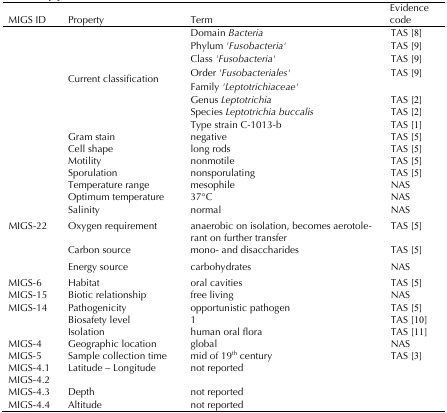
<table><thead><tr><td><b>MIGS ID</b></td><td><b>Property</b></td><td><b>Term</b></td><td colspan="2"><b>Evidence code</b></td></tr></thead><tbody><tr><td rowspan="8"></td><td rowspan="8">Current classification</td><td>Domain <i>Bacteria</i></td><td>TAS [8]</td><td></td></tr><tr><td>Phylum <i>&#x27;Fusobacteria&#x27;</i></td><td>TAS [9]</td><td></td></tr><tr><td>Class <i>&#x27;Fusobacteria&#x27;</i></td><td>TAS [9]</td><td></td></tr><tr><td>Order <i>&#x27;Fusobacteriales&#x27;</i></td><td>TAS [9]</td><td></td></tr><tr><td>Family <i>&#x27;Leptotrichiaceae&#x27;</i></td><td></td><td></td></tr><tr><td>Genus <i>Leptotrichia</i></td><td>TAS [2]</td><td></td></tr><tr><td>Species <i>Leptotrichia buccalis</i></td><td>TAS [2]</td><td></td></tr><tr><td>Type strain C-1013-b</td><td>TAS [1]</td><td></td></tr><tr><td></td><td>Gram stain</td><td>negative</td><td>TAS [5]</td><td></td></tr><tr><td></td><td>Cell shape</td><td>long rods</td><td>TAS [5]</td><td></td></tr><tr><td></td><td>Motility</td><td>nonmotile</td><td>TAS [5]</td><td></td></tr><tr><td></td><td>Sporulation</td><td>nonsporulating</td><td>TAS [5]</td><td></td></tr><tr><td></td><td>Temperature range</td><td>mesophile</td><td>NAS</td><td></td></tr><tr><td></td><td>Optimum temperature</td><td>37°C</td><td>NAS</td><td></td></tr><tr><td></td><td>Salinity</td><td>normal</td><td>NAS</td><td></td></tr><tr><td>MIGS-22</td><td>Oxygen requirement</td><td>anaerobic on isolation, becomes aerotolerant on further transfer</td><td>TAS [5]</td><td></td></tr><tr><td></td><td>Carbon source</td><td>mono- and disaccharides</td><td>TAS [5]</td><td></td></tr><tr><td></td><td>Energy source</td><td>carbohydrates</td><td>NAS</td><td></td></tr><tr><td>MIGS-6</td><td>Habitat</td><td>oral cavities</td><td>TAS [5]</td><td></td></tr><tr><td>MIGS-15</td><td>Biotic relationship</td><td>free living</td><td>NAS</td><td></td></tr><tr><td>MIGS-14</td><td>Pathogenicity</td><td>opportunistic pathogen</td><td>TAS [5]</td><td></td></tr><tr><td></td><td>Biosafety level</td><td>1</td><td>TAS [10]</td><td></td></tr><tr><td></td><td>Isolation</td><td>human oral flora</td><td>TAS [11]</td><td></td></tr><tr><td>MIGS-4</td><td>Geographic location</td><td>global</td><td>NAS</td><td></td></tr><tr><td>MIGS-5</td><td>Sample collection time</td><td>mid of 19<sup>th</sup> century</td><td>TAS [3]</td><td></td></tr><tr><td>MIGS-4.1 MIGS-4.2</td><td>Latitude – Longitude</td><td>not reported</td><td></td><td></td></tr><tr><td>MIGS-4.3</td><td>Depth</td><td>not reported</td><td></td><td></td></tr><tr><td>MIGS-4.4</td><td>Altitude</td><td>not reported</td><td></td><td></td></tr></tbody></table>